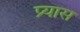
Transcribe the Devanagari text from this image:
प्र्यास